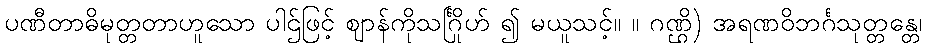
ပဏီတာဓိမုတ္တတာဟူသော ပါဌ်ဖြင့် ဈာန်ကိုသင်္ဂြိုဟ် ၍ မယူသင့်။ ။ ဂဏ္ဌိ) အရဏဝိဘင်္ဂသုတ္တန္တေ၊